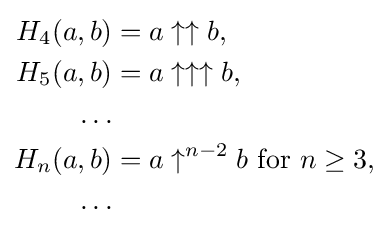
{\begin{aligned}H_{4}(a,b)&=a\uparrow \uparrow {b},\\H_{5}(a,b)&=a\uparrow \uparrow \uparrow {b},\\\ldots &\\H_{n}(a,b)&=a\uparrow ^{n-2}b{\text{ for }}n\geq 3,\\\ldots &\\\end{aligned}}